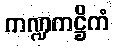
ကဏ္ဍကဋ္ဌိကံ